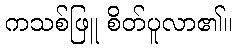
ကသစ်ဖြူ စိတ်ပူလာ၏။